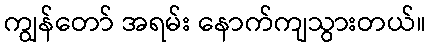
ကျွန်တော် အရမ်း နောက်ကျသွားတယ်။